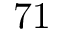
7 1